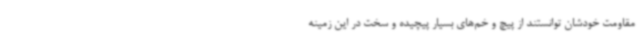
مقاومت خودشان توانستند از پیچ و خم‌های بسیار پیچیده و سخت در این زمینه